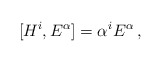
\begin{align*}[H^{i},E^{\alpha}]=\alpha^{i}E^{\alpha}\,,\end{align*}